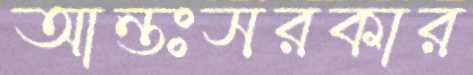
আন্তঃসরকার